Report of the Indian Hemp Drugs Commission, 1894-1895 - Volume VII
Year: 1894
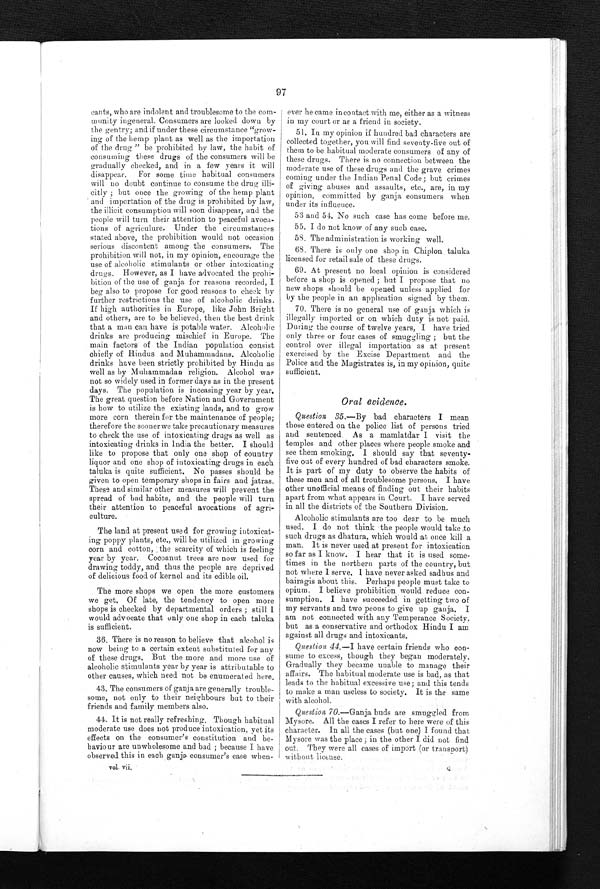
97
cants, who are indolent and troublesome to the com
- m u n i t y i n g e n e r a l . C o n s u m e r s a r e l o o k e d d o w n b y
the gentry; and if under these circumstance "grow--
ing of the hemp plant as well as the importation
of the drug " be prohibited by law', the habit of
consuming these drugs of the consumers will be
gradually checked, and in a few years it will
disappear. For some time habitual consumers
will no doubt continue to consume the drug illi--
citly ; but once the growing of the hemp plant
and importation of the drug is prohibited by law,
the illicit. consumption will soon disappear, and the
people will turn their attention to peaceful avoca--
tions of agriculure. Under the circumstances
stated above, the prohibition would not occasion
serious discontent among the consumers. The
prohibition will not, in my opinion, encourage the
use of alcoholic stimulants or other intoxicating
drugs. However, as I have advocated the prohi--
bition of the use of ganja for reasons recorded, I
beg also to propose for good reasons to check by
further restrictions the use of alcoholic drinks.
If high authorities in Europe, like John Bright
and others, are to be believed. then the best drink
that a man can have is potable water. Alcoholic
drinks are producing mischief in Europe. The
main factors of the Indian population consist
chiefly of Hindus and Muhammadans. Alcoholic
drinks have been strictly prohibited by Hindu as
well as by Muhammadan religion. Alcohol was
not so widely used in former days as in the present
days. The population is incensing year by year.
The great question before Nation and Government
is how to utilize the existing lands, and to grow
more corn therein for the maintenance of people;
therefore the sooner we take precautionary measures
to check the use of intoxicating drugs as well as
intoxicating drinks in India the better. I should
like to propose that only one shop of country
liquor and one shop of intoxicating drugs in each
taluka is quite sufficient. No passes should be
given to open temporary shops in fairs and jatras.
These and similar other measures will prevent the
spread of bad habits, and the people will turn
their attention to peaceful avocations of agri--
culture.
The land at present used for growing intoxicat--
ing poppy plants, etc., will be utilized in growing
corn and cotton, the scarcity of which is feeling
y e a r b y y e a r . C o c o a n u t t r e e s a r e n o w u s e d f o r
drawing todd y,a n d
t h u s t h e p e o p l e a r e d e p r i v e d
of delicious food of kernel and its edible oil.
The more shops we open the more customers
we get. Of late, the tendency to open more
shops is checked by departmental orders ; still
I w o u l d a d v o c a t e t h a t o n l y o n e s h o p i n e a c h t a l u k a
is sufficient.
36. There is no reason to believe that alcohol is
now being to a certain extent substituted for any
of these drugs. But the more and more use of
alcoholic stimulants year by year is attributable to
other causes, which need not be enumerated here.
43. The consumers of ganja are generally trouble-
some, not only to their neighbours but to their
friends and family members also.
44. It is not really refreshing. Though habitual
moderate use does not produce intoxication, yet its
effects on the consumer's constitution and be--
haviour are unwholesome and bad ; because I have
observed this in each ganja consumer's case when-
vol. vii,
ever he came in contact with me, either as a witness
in my court or as a friend in society.
51. In my opinion if hundred bad characters are
collected together, you will find seventy-five out of
them to be habitual moderate consumers of any of
these drugs. There is no connection between the
moderate use of these drugs and the grave crimes
coming under the Indian Penal Code; but crimes
of giving abuses and assaults, etc., are, in my
opinion, committed by ganja consumers when
under its influence.
53 and 54. No such case has come before me.
55. I do not know of any such case.
58. The administration is working well.
68. There is only one shop in Chiplon taluka
licensed for retail sale of these drugs.
69. At present no local opinion is considered
before a shop is opened ; but I propose that no
new shops should be opened unless applied for
by the people in an application signed by them.
70. There is no general use of ganja which is
illegally imported or on which duty is not paid.
During the course of twelve years, I have tried
only three or four eases of smuggling ; but the
control over illegal importation as at present
exercised by the Excise Department and the
Police and the Magistrates is, in my opinion, quite
sufficient.
Oral evidence.
Question 35.—By bad characters I mean
those entered on the police list of persons tried
and sentenced. As a mamlatdar I visit the
temples and other places where people smoke and
see them smoking. I should say that seventy-
five out of every hundred of bad characters smoke.
It is part of my duty to observe the habits of
these men and of all troublesome persons. I have
other unofficial means of finding out their habits
apart from what appears in Court. I have served
in all the districts of the Southern Division.
Alcoholic stimulants are too dear to be much
used. I do not think the people would take to
such drugs as dhatura, which would at once kill a
man. It is never used at present for intoxication
so far as I know. I hear that it is used some
- t i m e s i n t h e n o r t h e r n p a r t s o f t h e c o u n t r y , b u t n o t w h e r e I s e r v e . I h a v e n e v e r a s k e d s a d h u s a n d
bairagis about this. Perhaps people must take to
opium. I believe prohibition would reduce con-
- s u m p t i o n . I h a v e s u c c e e d e d i n g e t t i n g t w o o f
my servants and two peons to give up ganja. I
am not connected with any Temperance Society,
but as a conservative and orthodox Hindu I am
against all drugs and intoxicants.
Question 44.—I have certain friends who con--
sume to excess, though they began moderately.
Gradually they became unable to manage their
affairs. The habitual moderate use is bad, as that
leads to the habitual excessive use ; and this tends
to make a man useless to society. It is the same
with alcohol.
Question 70.—Ganja buds are smuggled from
Mysore. All the cases I refer to here were of this
character.. In all the cases (but one) I found that
M y s o r e w a s t h e p l a c e ; i n t h e o t h e r I d i d n o t f i n d
oat. They were all cases of import (or transport)
without license.